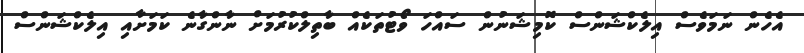
އެހެން ނަމަވެސް އިލެކްޝަންސް ކޮމިޝަނުން ސައްހަ ވޯޓުތަކެއް ބާތިލްކުރުމަށް ނާންގާނެ ކަމަށާއި އިލެކްޝަންސް